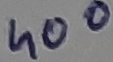
Text: 400